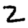
Digit: 2